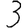
Digit: 3